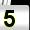
Digit: 5